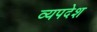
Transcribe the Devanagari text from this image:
व्यपदेश